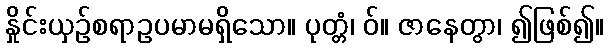
နှိုင်းယှဉ်စရာဥပမာမရှိသော။ ပုတ္တံ၊ ဝ်။ ဇာနေတွာ၊ ၍ဖြစ်၍။